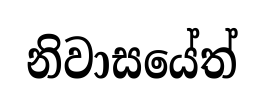
නිවාසයේත්